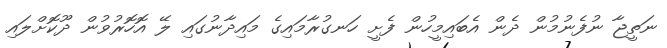
ނަތީޖާ ނުފެނުމުން ދެން އެބައިމީހުން ފެށީ ހަނގުރާމައިގެ މައިދާނުގައި ލޭ އޮހޮރުވުން ދޫކޮށްލައި